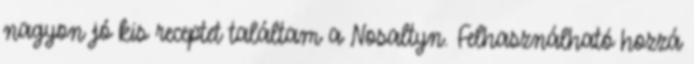
nagyon jó kis receptet találtam a Nosaltyn. Felhasználható hozzá